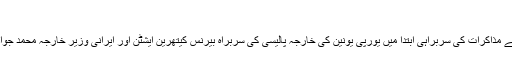
‘
جنیوا میں ہونے والے مذاکرات کی سربراہی ابتدا میں یورپی یونین کی خارجہ پالیسی کی سربراہ بیرنس کیتھرین ایشٹن اور ایرانی وزیر خارجہ محمد جواد ظریف کریں گے۔